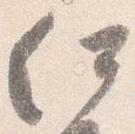
何